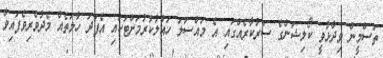
ތަސްމީން ވިދާޅުވީ ކޯލިޝަންގެ ސަރުކާރެއްގައި އެ މައްސަލަ ހައްލުކުރުމަށްޓަކައި އެފަދަ ހާލަތެއް މެދުވެރިވެފައިވާ